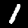
Label: 1